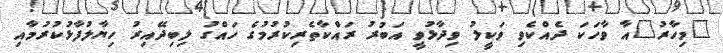
"މިހާރު"އާ ވާހަކަ ދެއްކެވި ވަކީލު ވިދާޅުވީ އަބުރު ރައްކާތެރިކުރުމުގެ ހައްގު ލިބިދޭއިރު ހިޔާލުފާޅުކުރުމާއި